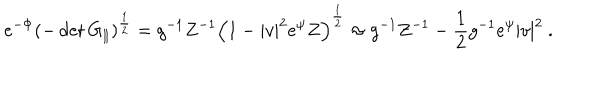
LaTeX: e ^ { - \Phi } ( - \det G _ { \| } ) ^ { \frac { 1 } { 2 } } = g ^ { - 1 } Z ^ { - 1 } \Bigl ( 1 - | v | ^ { 2 } e ^ { \psi } Z \Bigr ) ^ { \frac { 1 } { 2 } } \approx g ^ { - 1 } Z ^ { - 1 } - \frac { 1 } { 2 } g ^ { - 1 } e ^ { \psi } | v | ^ { 2 } \ .